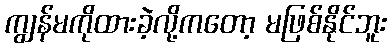
ကျွန်မကိုထားခဲ့လို့ကတော့ မဖြစ်နိုင်ဘူး